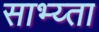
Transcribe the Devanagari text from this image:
साभ्य्ता